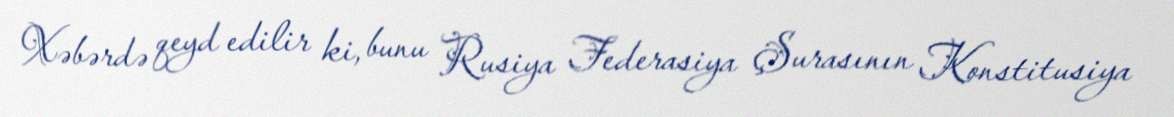
Xəbərdə qeyd edilir ki, bunu Rusiya Federasiya Şurasının Konstitusiya